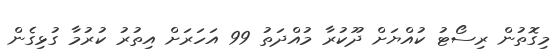
މިގޮތުން ރިސޯޓު ކުއްޔަށް ދޫކުރާ މުއްދަތު 99 އަހަރަށް އިތުރު ކުރުމާ ގުޅިގެން